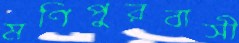
মণিপুরবাসী